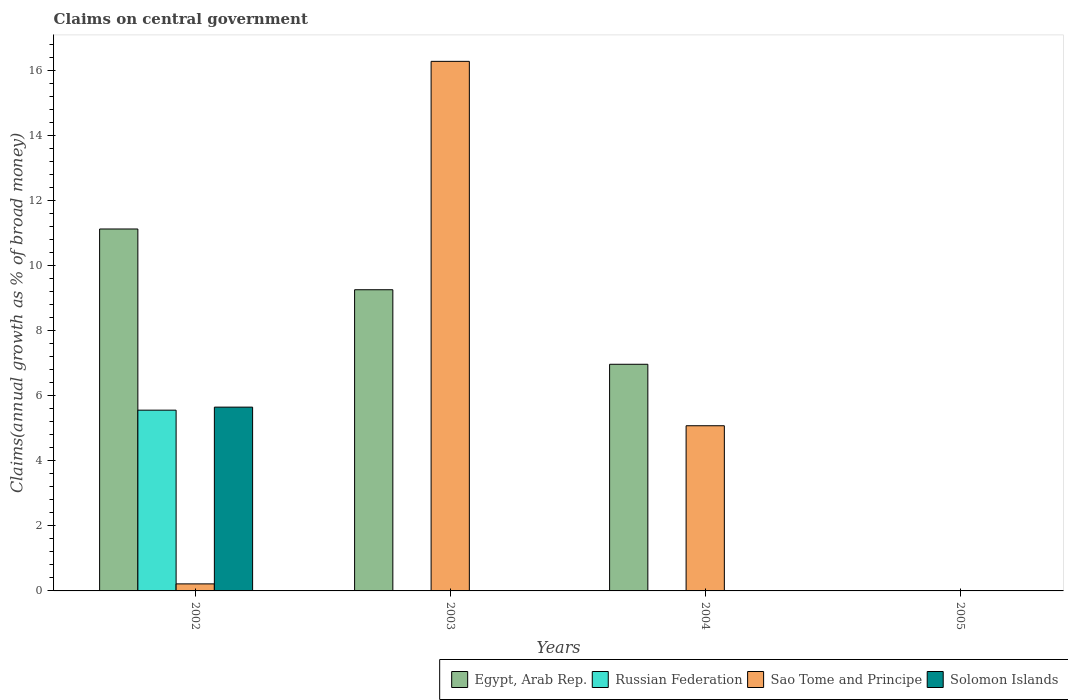
| Years | Egypt, Arab Rep. | Russian Federation | Sao Tome and Principe | Solomon Islands |
 | --- | --- | --- | --- | --- |
 | 2002 | 11.1 | 5.56 | 0.216 | 5.65 |
 | 2003 | 9.26 | -4.4 | 16.3 | -11.6 |
 | 2004 | 6.97 | -17.4 | 5.08 | -31.4 |
 | 2005 | -1.56 | -26.2 | -99.7 | -9.17 |